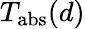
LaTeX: T_{\mathrm{abs}}(d)